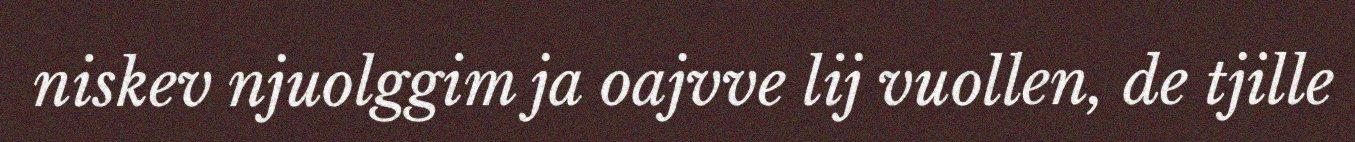
niskev njuolggim ja oajvve lij vuollen, de tjille